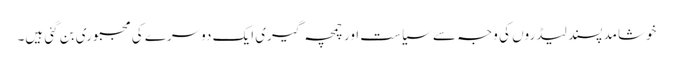
خوشامد پسند لیڈروں کی وجہ سے سیاست اور چمچہ گیری ایک دوسرے کی مجبوری بن گئی ہیں۔